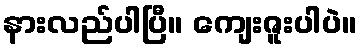
နားလည်ပါပြီ။ ကျေးဇူးပါပဲ။